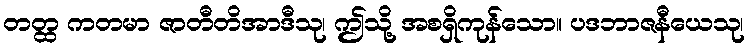
တတ္ထ ကတမာ ဇာတီတိအာဒီသု၊ ဤသို့ အစရှိကုန်သော။ ပဒဘာဇနီယေသု၊